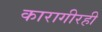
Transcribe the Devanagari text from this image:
कारागीरही